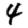
Digit: 4